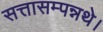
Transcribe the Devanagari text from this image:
सत्तासम्पन्नथे।